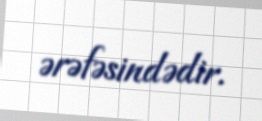
ərəfəsindədir.